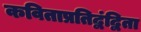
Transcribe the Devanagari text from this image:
कविताप्रतिद्वंद्विता